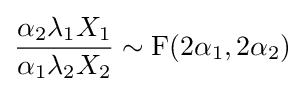
{\frac {\alpha _{2}\lambda _{1}X_{1}}{\alpha _{1}\lambda _{2}X_{2}}}\sim \mathrm {F} (2\alpha _{1},2\alpha _{2})